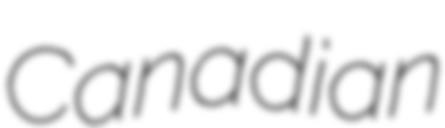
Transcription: Canadian